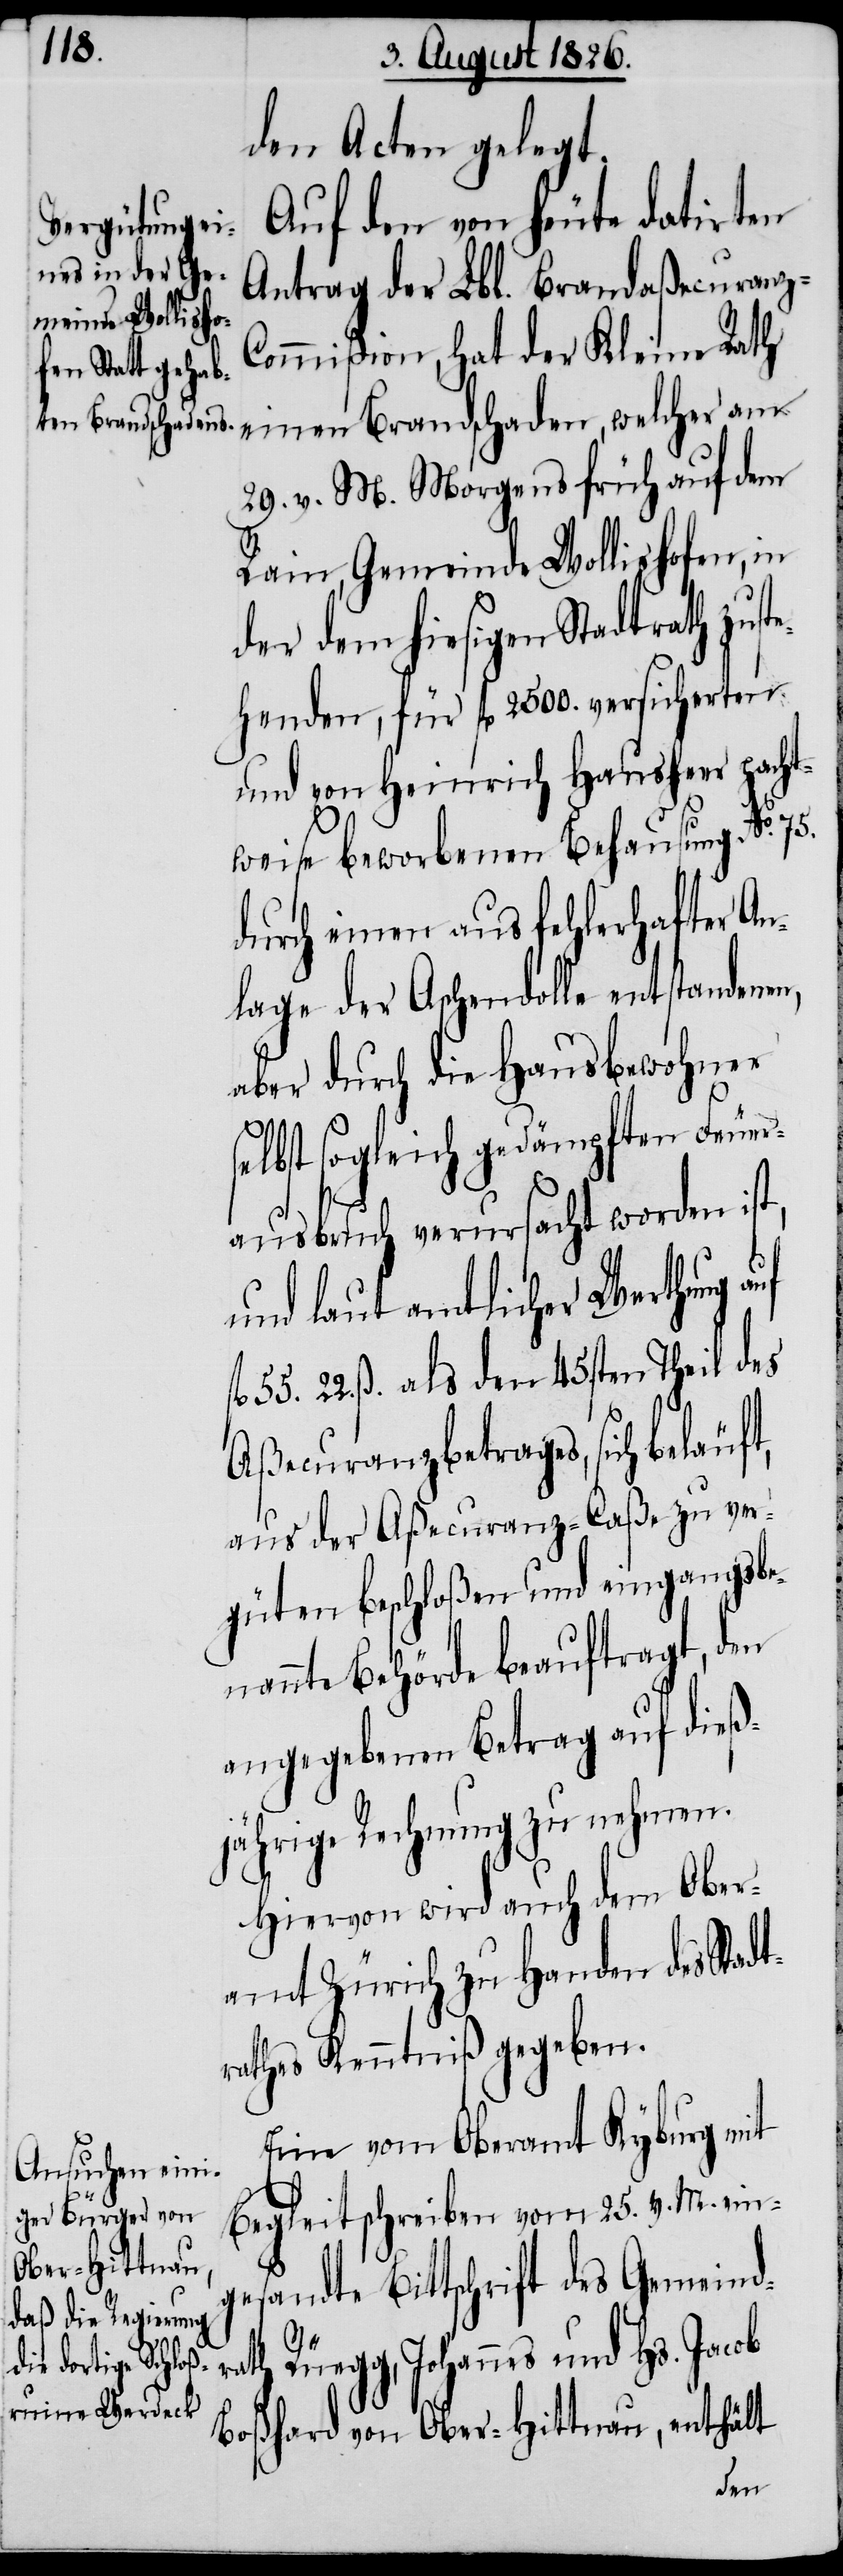
rath

den Acten gelegt.
Auf den von heute datirten
Antrag der Lbl. Brandaßecuranz-C¬
ommißion, hat der Kleine Rath
einen Brandschaden, welcher am
29. v. M. Morgens früh auf dem
Rain, Gemeinde Wollishofen, in
der dem hiesigen Stadtrath zust¬
ehenden, für fl. 2500. versicherten
und von Heinrich Hausheer pacht¬
weise beworbenen Behausung No. 75.
durch einen aus fehlerhafter An¬
lage der Aschendolle entstandenen,
aber durch die Hausbewohner
sogleich gedämpften Feuer¬
ausbruch verursacht worden ist,
und laut amtlicher Werthung
22. ß. als den 45sten Theil des
Aßecuranzbetrages, sich beläuft,
aus der Aßecuranz-Caße zu ver¬
güten beschloßen und eingangsbe¬
nannte Behörde beauftragt, den
angegebenen Betrag auf dieß¬
jährige Rechnung zu nehmen.
Hiervon wird auch dem Ober¬
amt Zürich zu Handen des Stadt¬
rathes Kenntniß gegeben.
Eine vom Oberamt Kyburg mit
Begleitschreiben vom 25. v. M. ein¬
gesandte Bittschrift des Gemeind¬
Johannes und Hs. Jacob
Boßhard von Ober-Hittnau, enthält